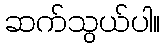
ဆက်သွယ်ပါ။